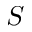
S